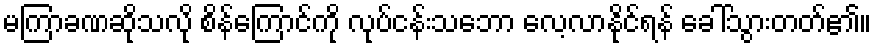
မကြာခဏဆိုသလို စိန်ကြောင်ကို လုပ်ငန်းသဘော လေ့လာနိုင်ရန် ခေါ်သွားတတ်၏။